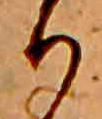
り